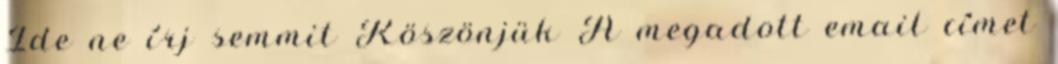
Ide ne írj semmit Köszönjük A megadott email címet